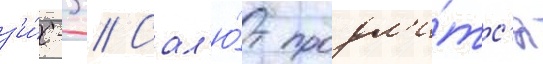
з'и́с-3 // Сал'ю́т продл'и́тс'я